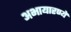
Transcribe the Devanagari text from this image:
अभायारण्ये